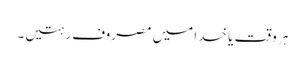
ہر وقت یا خدا میں مصروف رہتیں۔